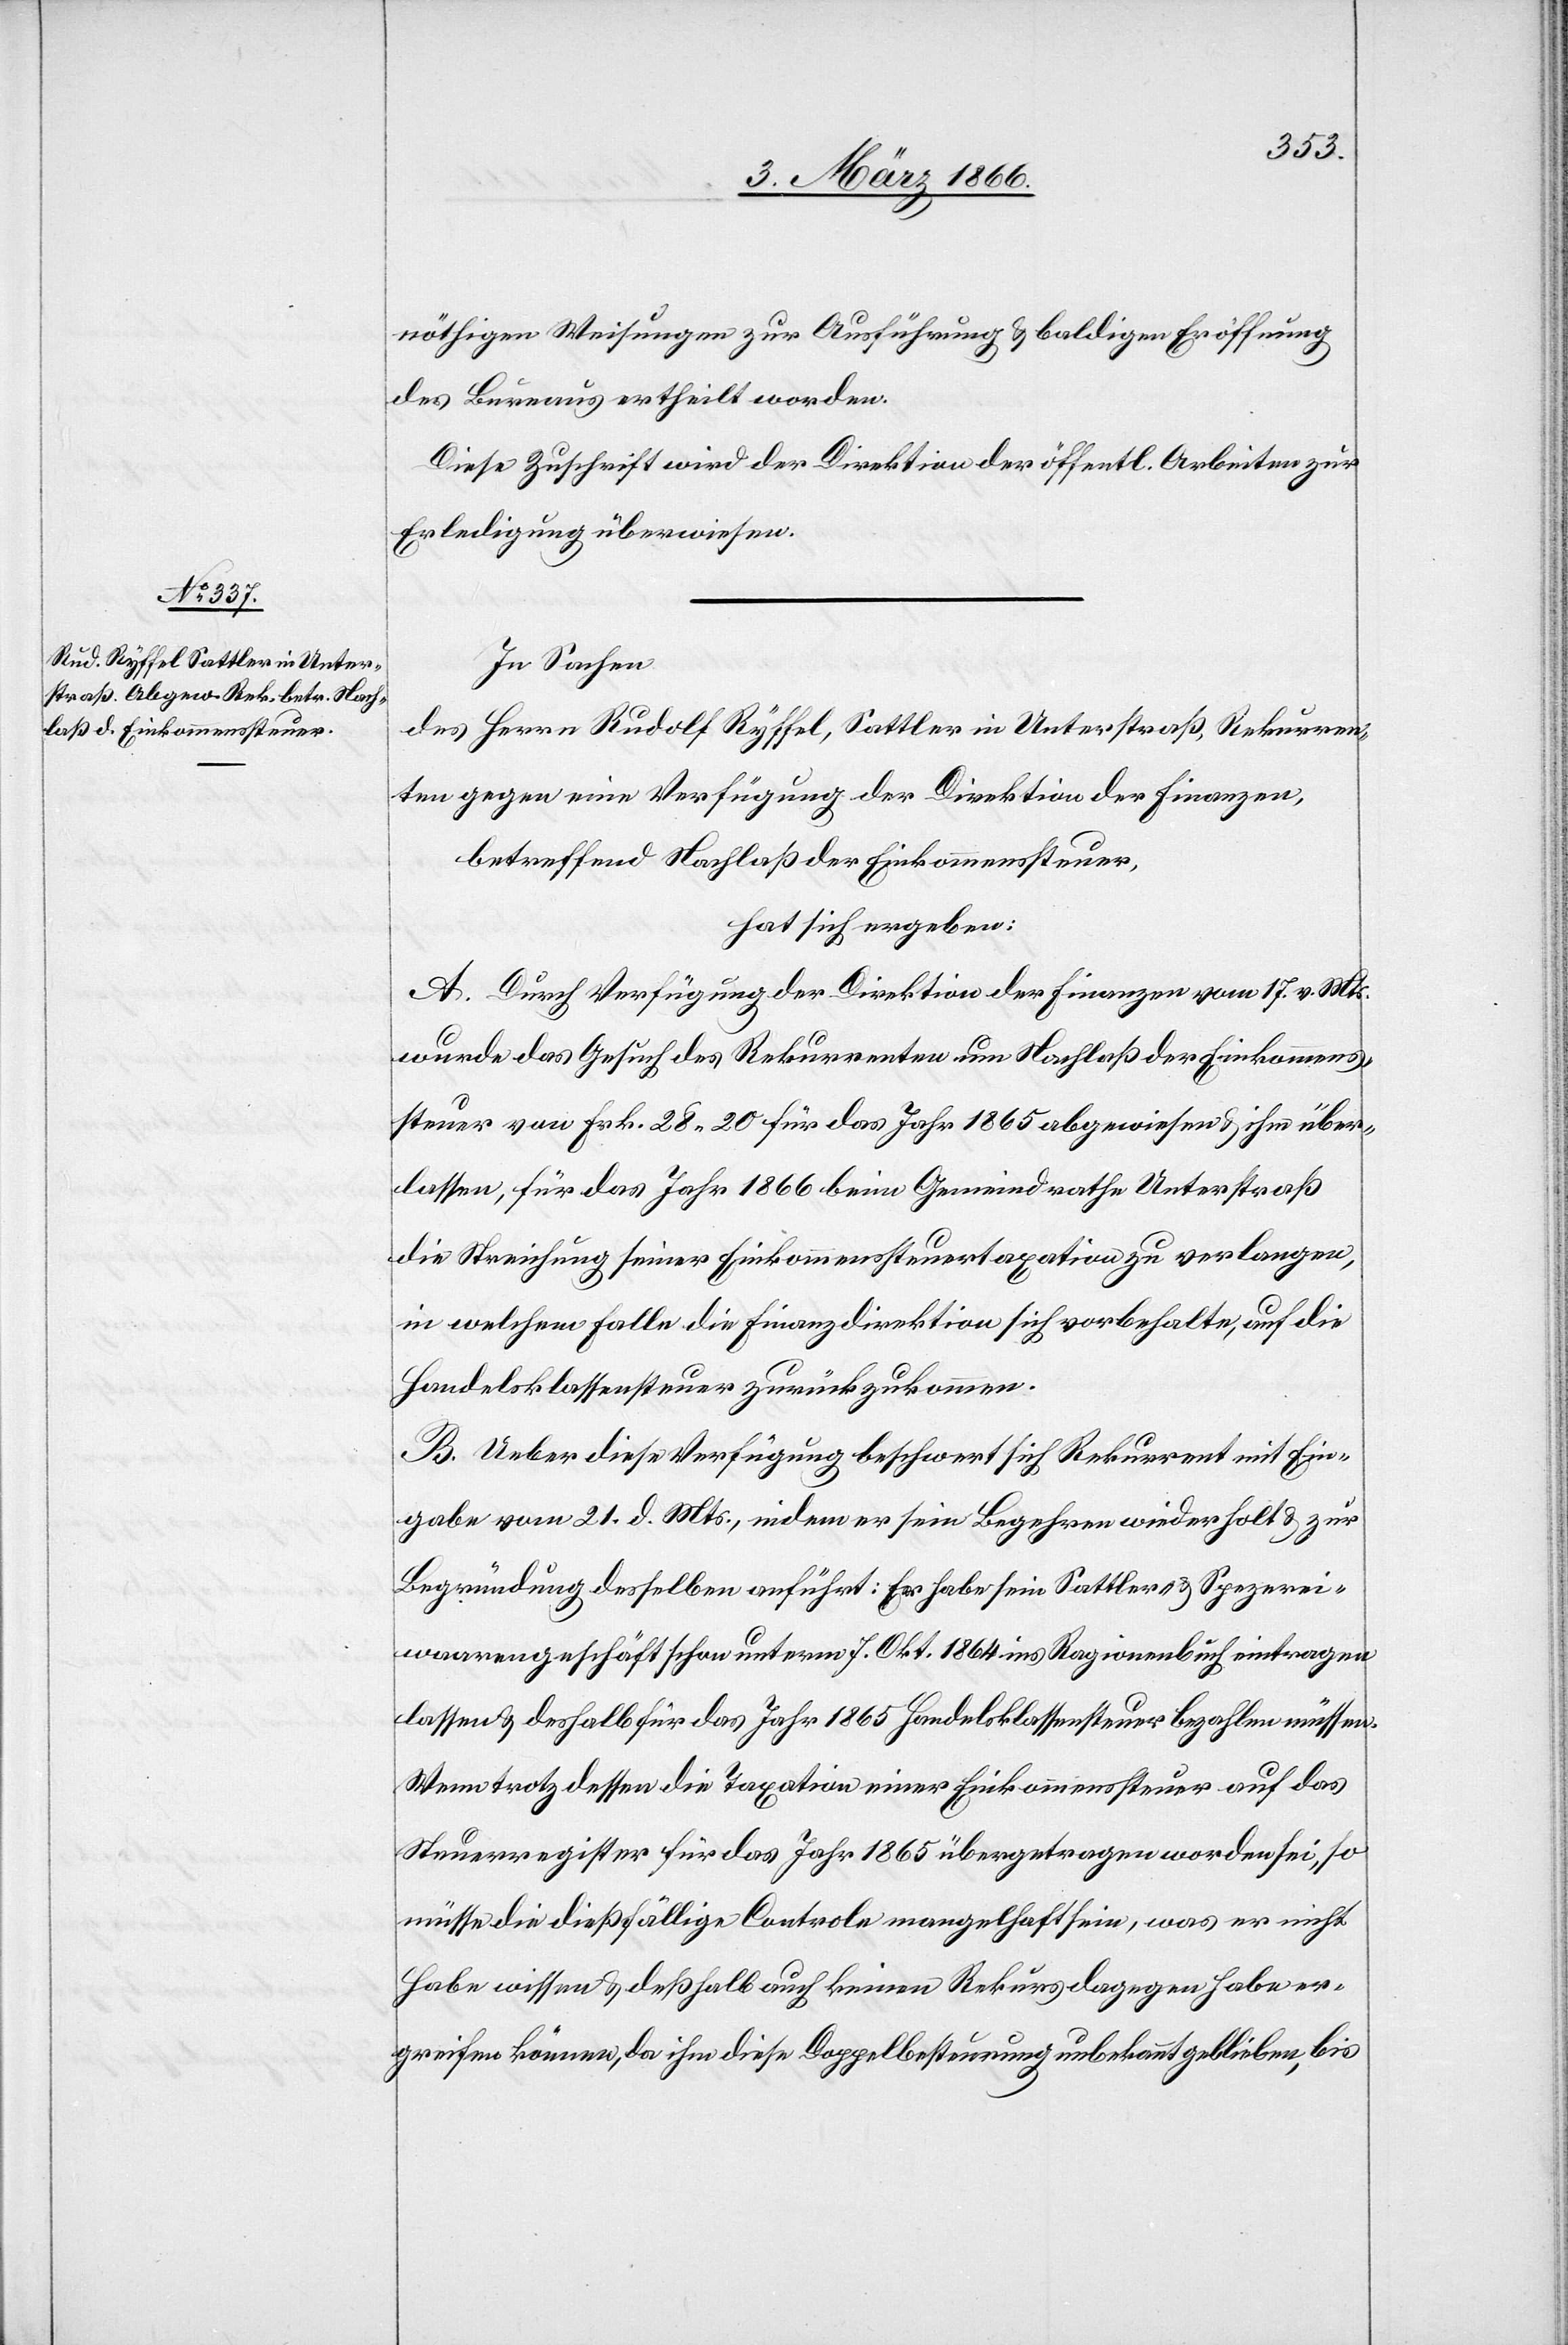
nöthigen Weisungen zur Ausführung u. baldigen Eröffnung
des Bureaus ertheilt worden.
Diese Zuschrift wird der Direktion der öffentl. Arbeiten zur
Erledigung überwiesen.
In Sachen
des Herrn Rudolf Ryffel, Sattler in Unterstraß, Rekurren¬
ten gegen eine Verfügung der Direktion der Finanzen,
betreffend Nachlaß der Einkommenssteuer,
hat sich ergeben:
A. Durch Verfügung der Direktion der Finanzen vom 17. v. Mts.
wurde das Gesuch des Rekurrenten um Nachlaß der Einkommens¬
steuer von Frk. 28,20 für das Jahr 1865 abgewiesen u. ihm über¬
lassen, für das Jahr 1866 beim Gemeindrathe Unterstraß
die Streichung seiner Einkommenssteuertaxation zu verlangen,
in welchem Falle die Finanzdirektion sich vorbehalte, auf die
Handelsklassensteuer zurück zukommen.
B. Ueber diese Verfügung beschwert sich Rekurrent mit Ein¬
gabe vom 21. d. Mts., indem er sein Begehren wiederholt u. zur
Begründung desselben anführt: Er habe sein Sattler- u. Spezerei¬
waarengeschäft schon unterm 7. Okt. 1864 ins Ragionenbuch eintragen
lassen u. deshalb für das Jahr 1865 Handelsklassensteuer bezahlen müssen.
Wenn trotz dessen die Taxation einer Einkommenssteuer auf das
Steuerregister für das Jahr 1865 übergetragen worden sei, so
müsse die dießfällige Controle mangelhaft sein, was er nicht
habe wissen u. deßhalb auch keinen Rekurs dagegen habe er¬
greifen können, da ihm die Doppelbesteuerung unbekannt geblieben, bis